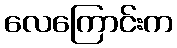
လေကြောင်းက